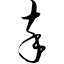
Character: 卒